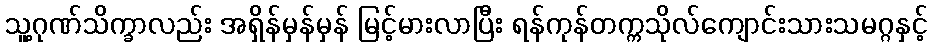
သူ့ဂုဏ်သိက္ခာလည်း အရှိန်မှန်မှန် မြင့်မားလာပြီး ရန်ကုန်တက္ကသိုလ်ကျောင်းသားသမဂ္ဂနှင့်